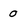
Character: 0